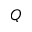
Q